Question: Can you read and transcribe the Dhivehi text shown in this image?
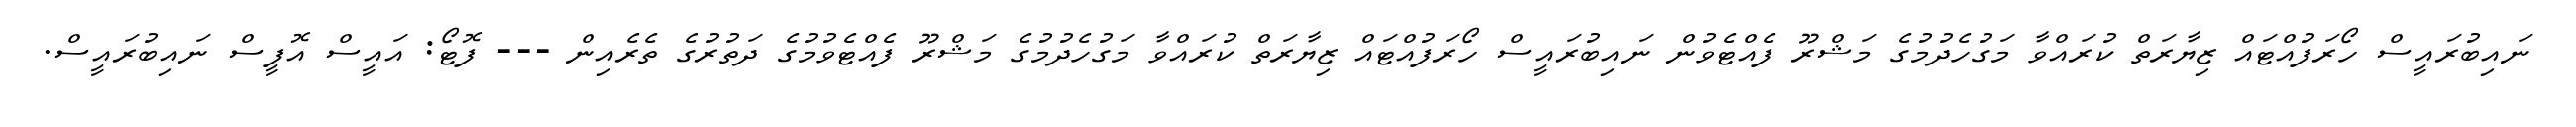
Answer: ނައިބުރައީސް ހޯރަފުއްޓައް ޒިޔާރަތް ކުރައްވާ މަގުހެދުމުގެ މަޝްރޫ ފެއްޓެވުން ނައިބުރައީސް ހޯރަފުއްޓައް ޒިޔާރަތް ކުރައްވާ މަގުހެދުމުގެ މަޝްރޫ ފެއްޓެވުމުގެ ދަތުރުގެ ތެރެއިން --- ފޮޓޯ: އައީސް އޮފީސް ނައިބުރައީސް.